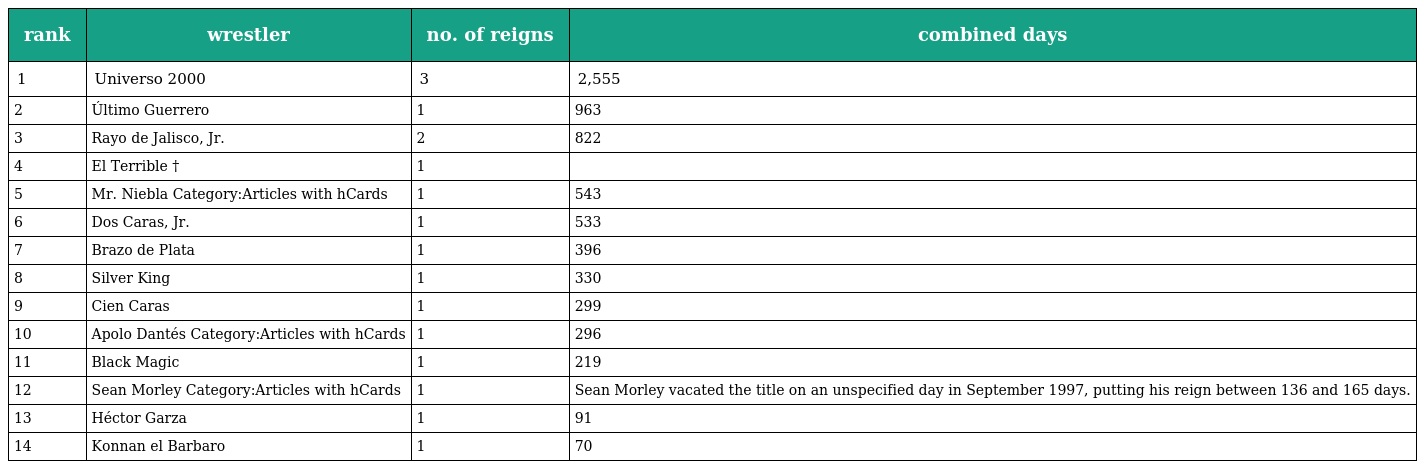
| rank | wrestler | no. of reigns | combined days |
 | --- | --- | --- | --- |
 | 1 | Universo 2000 | 3 | 2,555 |
 | 2 | Último Guerrero | 1 | 963 |
 | 3 | Rayo de Jalisco, Jr. | 2 | 822 |
 | 4 | El Terrible † | 1 |  |
 | 5 | Mr. Niebla Category:Articles with hCards | 1 | 543 |
 | 6 | Dos Caras, Jr. | 1 | 533 |
 | 7 | Brazo de Plata | 1 | 396 |
 | 8 | Silver King | 1 | 330 |
 | 9 | Cien Caras | 1 | 299 |
 | 10 | Apolo Dantés Category:Articles with hCards | 1 | 296 |
 | 11 | Black Magic | 1 | 219 |
 | 12 | Sean Morley Category:Articles with hCards | 1 | Sean Morley vacated the title on an unspecified day in September 1997, putting his reign between 136 and 165 days. |
 | 13 | Héctor Garza | 1 | 91 |
 | 14 | Konnan el Barbaro | 1 | 70 |